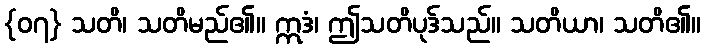
{၀၇} သတိ၊ သတိမည်၏။ ဣဒံ၊ ဤသတိပုဒ်သည်။ သတိယာ၊ သတိ၏။